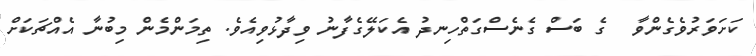
ކަށަވަރުވެގެންވާ  ގެ ބަސް ގެނެސްގަތްހިނދު އެކަލޭގެފާނު ވިދާޅުވިއެވެ. ތިމަންމެން މިބުނާ އެއްޗަކަށް